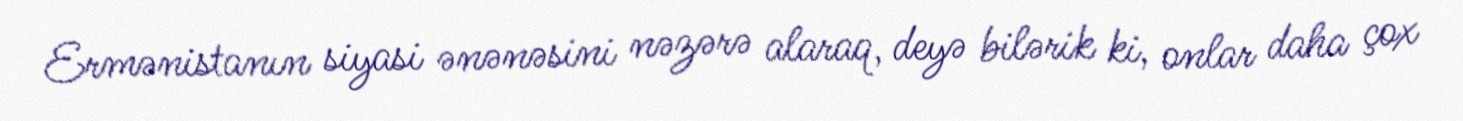
Ermənistanın siyasi ənənəsini nəzərə alaraq, deyə bilərik ki, onlar daha çox